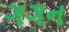
ગગન